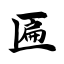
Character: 匾